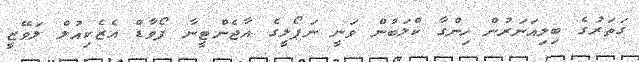
ގަތަރުގެ ބިލިއަނަރުން ހިންގާ ކްލަބުން ވަނީ ނަޕޯލީގެ އާޖެންޓީނާ ފޯވާޑް އެޒެކިއުލް ލަވޭޒީ